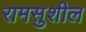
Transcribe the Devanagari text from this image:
रामसुशील